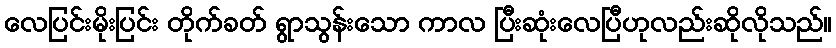
လေပြင်းမိုးပြင်း တိုက်ခတ် ရွာသွန်းသော ကာလ ပြီးဆုံးလေပြီဟုလည်းဆိုလိုသည်။